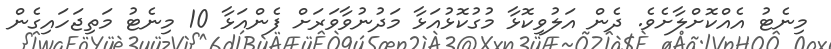
މިނެޓު އެއްކޮށްލާށެވެ. ދެން އަލުވިކޮޅާ މުގުކޮޅުއަޅާ މަދުނުވާވަރަށް ފެންއަޅާ 10 މިނެޓު މަތިޖަހައިގެން